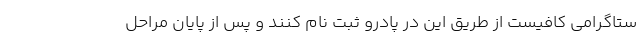
ستاگرامی کافیست از طریق این در پادرو ثبت نام کنند و پس از پایان مراحل